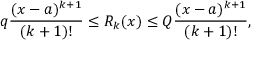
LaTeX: q { \frac { ( x - a ) ^ { k + 1 } } { ( k + 1 ) ! } } \leq R _ { k } ( x ) \leq Q { \frac { ( x - a ) ^ { k + 1 } } { ( k + 1 ) ! } } ,